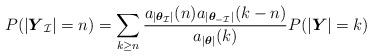
LaTeX: \begin{align*}P(\vert\boldsymbol{Y}_{\mathcal{I}}\vert=n) = \sum_{k\geq n} \frac{ a_{\vert\boldsymbol{\theta}_{\mathcal{I}}\vert} (n) a_{\vert\boldsymbol{\theta}_{-\mathcal{I}}\vert}(k-n)}{a_{\vert\boldsymbol{\theta}\vert}(k)} P(\vert\boldsymbol{Y}\vert=k)\end{align*}